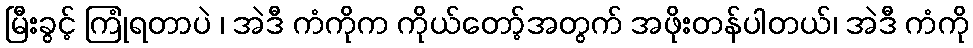
မြီးခွင့် ကြုံရတာပဲ ၊ အဲဒီ ကံကိုက ကိုယ်တော့်အတွက် အဖိုးတန်ပါတယ်၊ အဲဒီ ကံကို